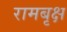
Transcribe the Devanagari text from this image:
रामबृक्ष